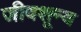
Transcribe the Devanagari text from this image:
जीवशून्य